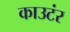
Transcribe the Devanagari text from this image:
काउटंर